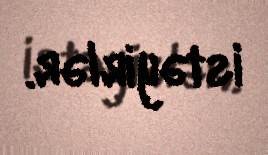
istəyirlər.